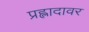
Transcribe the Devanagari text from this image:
प्रह्लादावर